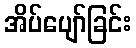
အိပ်ပျော်ခြင်း